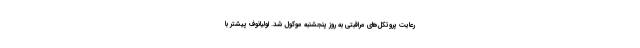
رعایت پروتکل‌های مراقبتی به روز پنجشنبه موکول شد. اولیانوف پیشتر با